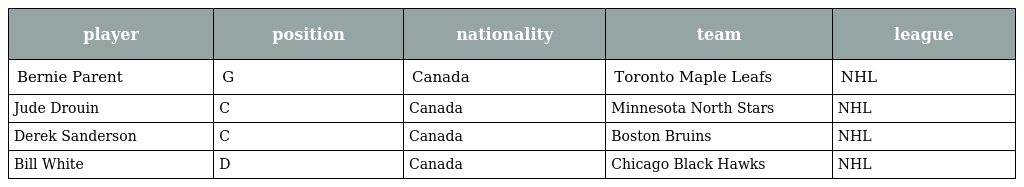
| player | position | nationality | team | league |
 | --- | --- | --- | --- | --- |
 | Bernie Parent | G | Canada | Toronto Maple Leafs | NHL |
 | Jude Drouin | C | Canada | Minnesota North Stars | NHL |
 | Derek Sanderson | C | Canada | Boston Bruins | NHL |
 | Bill White | D | Canada | Chicago Black Hawks | NHL |